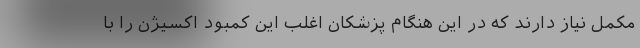
مکمل نیاز دارند که در این هنگام پزشکان اغلب این کمبود اکسیژن را با